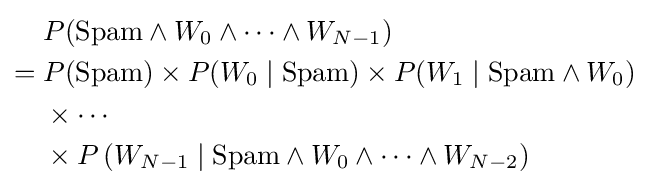
{\begin{aligned}&P({\text{Spam}}\wedge W_{0}\wedge \cdots \wedge W_{N-1})\\={}&P({\text{Spam}})\times P(W_{0}\mid {\text{Spam}})\times P(W_{1}\mid {\text{Spam}}\wedge W_{0})\\&\times \cdots \\&\times P\left(W_{N-1}\mid {\text{Spam}}\wedge W_{0}\wedge \cdots \wedge W_{N-2}\right)\end{aligned}}